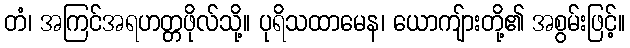
တံ၊ အကြင်အရဟတ္တဖိုလ်သို့။ ပုရိသထာမေန၊ ယောကျ်ားတို့၏ အစွမ်းဖြင့်။